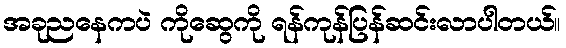
အခုညနေကပဲ ကိုဆွေကို ရန်ကုန်ပြန်ဆင်းလာပါတယ်။